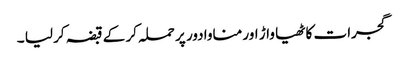
گجرات کاٹھیا واڑ اور مناوادور پر حملہ کر کے قبضہ کر لیا ۔